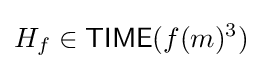
H_{f}\in {\mathsf {TIME}}(f(m)^{3})